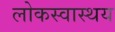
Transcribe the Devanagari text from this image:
लोकस्वास्थय